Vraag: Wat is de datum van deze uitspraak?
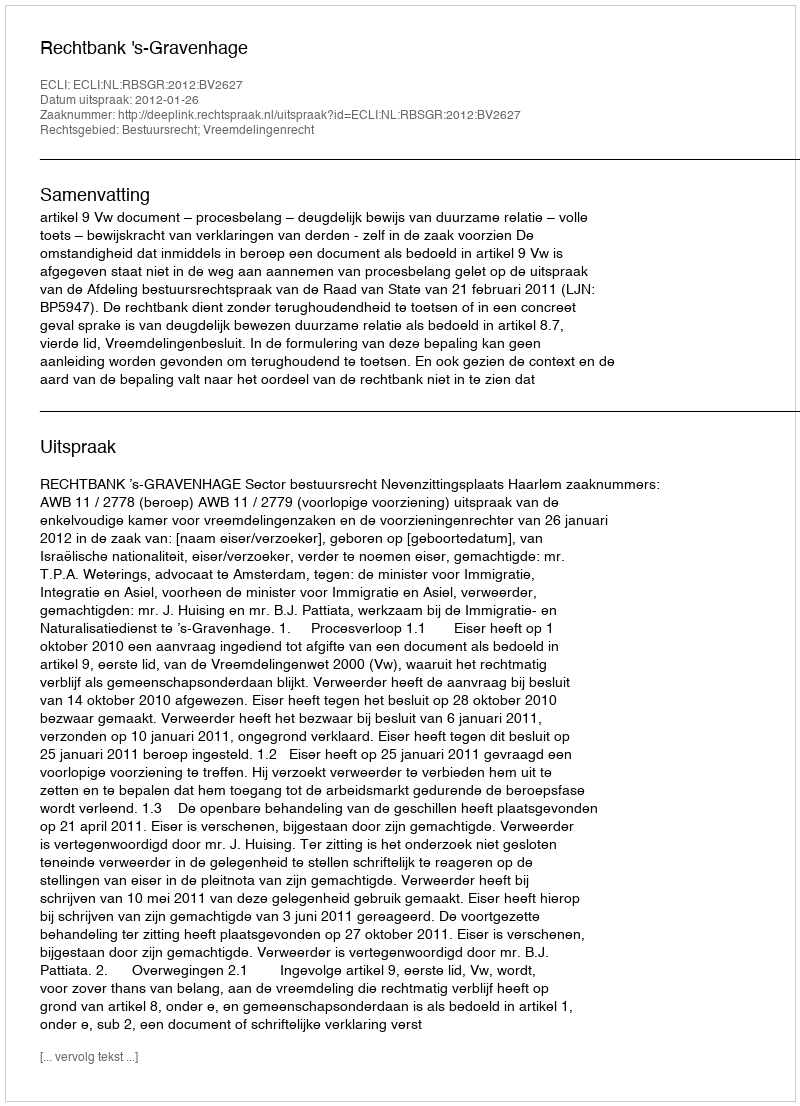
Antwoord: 2012-01-26